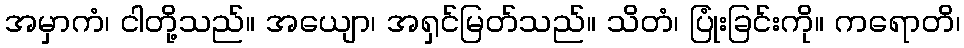
အမှာကံ၊ ငါတို့သည်။ အယျော၊ အရှင်မြတ်သည်။ သိတံ၊ ပြုံးခြင်းကို။ ကရောတိ၊